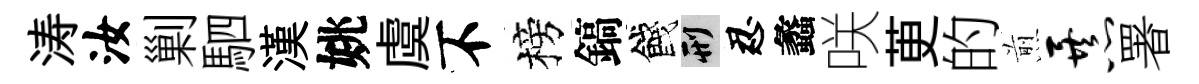
涛汝剿駟漢姚虞不榜鎬餞刑忍蠡咲茰的煎暴署